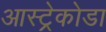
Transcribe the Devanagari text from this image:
आस्ट्रेकोडा